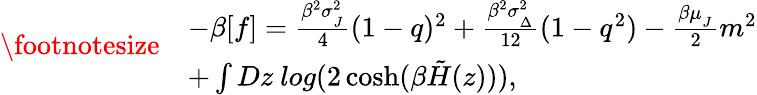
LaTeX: {\footnotesize\begin{array}{rl}&{-\beta[f]=\frac{\beta^{2}\sigma_{_{J}}^{2}}{4}(1-q)^{2}+\frac{\beta^{2}\sigma_{_{\Delta}}^{2}}{12}(1-q^{2})-\frac{\beta\mu_{_{J}}}{2}m^{2}}\\ &{+\int Dz\ log(2\cosh(\beta\tilde{H}(z))),}\end{array}}